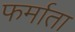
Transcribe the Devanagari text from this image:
फर्माता